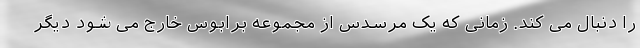
را دنبال می کند. زمانی که یک مرسدس از مجموعه برابوس خارج می شود دیگر